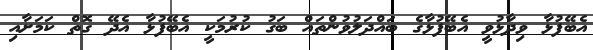
އެބޭފުޅާ ވިދާޅުވީ އެބޭފުޅާގެ ބައްދަލުވުންތައް ބަގު ކުރުމަކީ އެބޭފުޅާ އެދޭ ގޮތް ކަމަށާއި